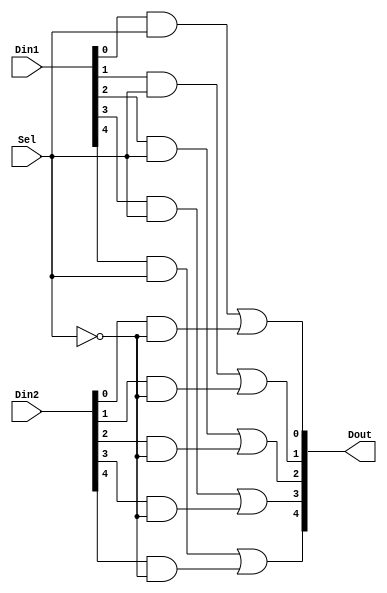
module MUX(Din1,Din2,Sel,Dout);
input  [4:0] Din1;
input  [4:0] Din2;
input  Sel ;
output [4:0] Dout;

wire Sel_;
wire [4:0] w1 ,w2;

not (Sel_ ,Sel  );

and (w1[0]   ,Din1[0] ,Sel  );
and (w2[0]   ,Din2[0] ,Sel_ );
or  (Dout[0] ,w1[0]   ,w2[0]   );

and (w1[1]   ,Din1[1] ,Sel  );
and (w2[1]   ,Din2[1] ,Sel_ );
or  (Dout[1] ,w1[1]   ,w2[1]   );

and (w1[2]   ,Din1[2] ,Sel  );
and (w2[2]   ,Din2[2] ,Sel_ );
or  (Dout[2] ,w1[2]   ,w2[2]   );

and (w1[3]   ,Din1[3] ,Sel  );
and (w2[3]   ,Din2[3] ,Sel_ );
or  (Dout[3] ,w1[3]   ,w2[3]   );

and (w1[4]   ,Din1[4] ,Sel  );
and (w2[4]   ,Din2[4] ,Sel_ );
or  (Dout[4] ,w1[4]   ,w2[4]   );
endmodule